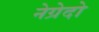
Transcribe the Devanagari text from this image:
नेग्रेदो